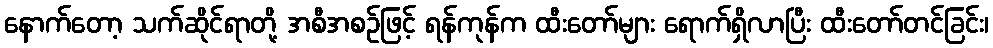
နောက်တော့ သက်ဆိုင်ရာတို့ အစီအစဉ်ဖြင့် ရန်ကုန်က ထီးတော်များ ရောက်ရှိလာပြီး ထီးတော်တင်ခြင်း၊